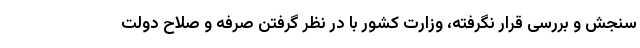
سنجش و بررسی قرار نگرفته، وزارت کشور با در نظر گرفتن صرفه و صلاح دولت